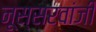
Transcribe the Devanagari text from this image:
नूस्सरवांजी